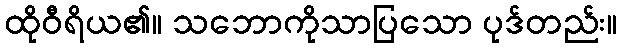
ထိုဝီရိယ၏။ သဘောကိုသာပြသော ပုဒ်တည်း။